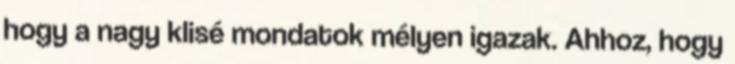
hogy a nagy klisé mondatok mélyen igazak. Ahhoz, hogy